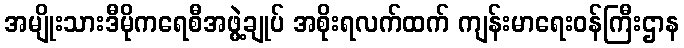
အမျိုးသားဒီမိုကရေစီအဖွဲ့ချုပ် အစိုးရလက်ထက် ကျန်းမာရေးဝန်ကြီးဌာန